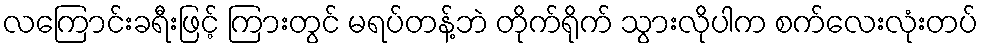
လကြောင်းခရီးဖြင့် ကြားတွင် မရပ်တန့်ဘဲ တိုက်ရိုက် သွားလိုပါက စက်လေးလုံးတပ်